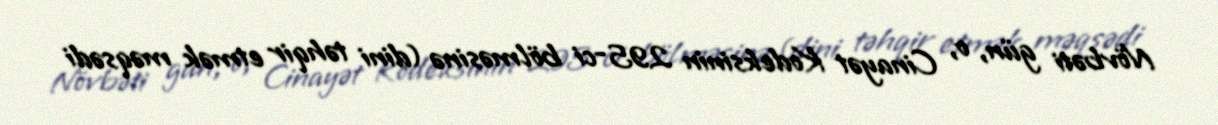
Növbəti gün, o, Cinayət Kodeksinin 295-ci bölməsinə (dini təhqir etmək məqsədi